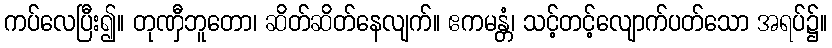
ကပ်လေပြီး၍။ တုဏှီဘူတော၊ ဆိတ်ဆိတ်နေလျက်။ ဧကမန္တံ၊ သင့်တင့်လျောက်ပတ်သော အရပ်၌။